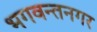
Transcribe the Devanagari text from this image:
भगवन्तनगर